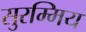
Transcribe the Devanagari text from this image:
सुरम्मिय